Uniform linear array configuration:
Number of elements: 4
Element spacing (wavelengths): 0.5
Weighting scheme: hamming
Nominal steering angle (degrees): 45
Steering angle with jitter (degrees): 45.211
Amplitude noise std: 0.05
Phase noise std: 0.05

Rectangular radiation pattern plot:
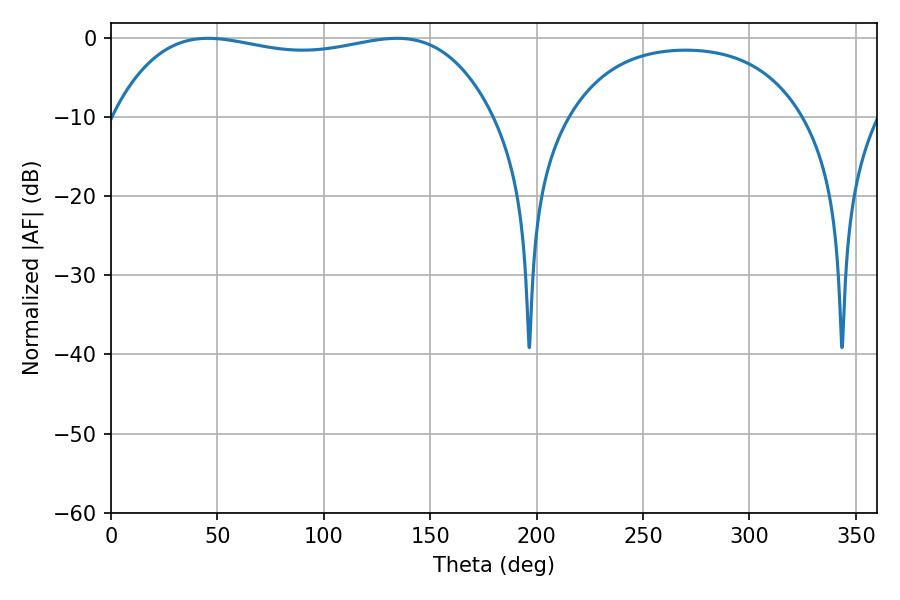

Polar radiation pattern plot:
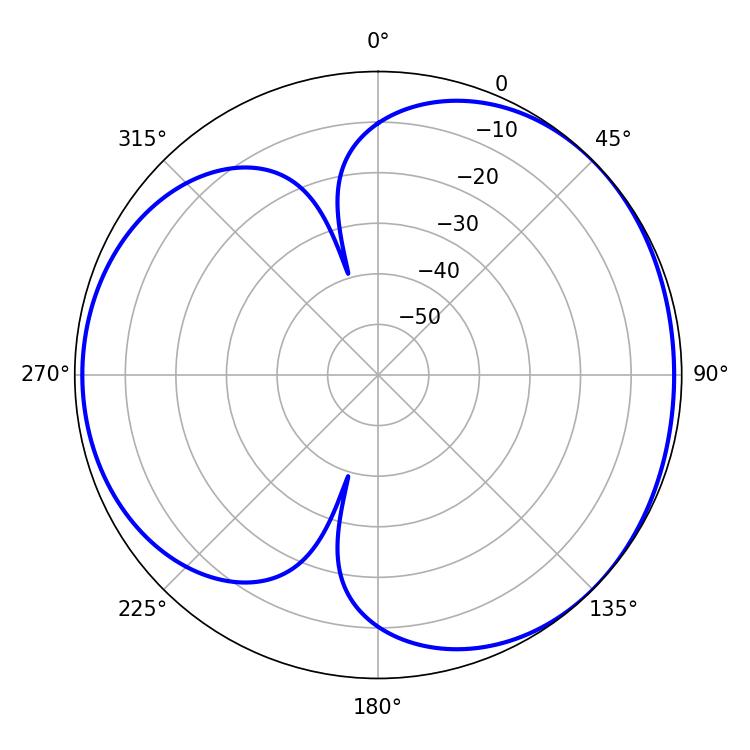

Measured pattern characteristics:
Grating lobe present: FALSE
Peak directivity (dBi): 3.984
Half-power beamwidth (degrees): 143.28
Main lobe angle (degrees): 45.54